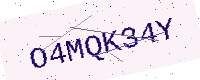
Text: O4MQK34Y